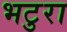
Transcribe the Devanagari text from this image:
भटुरा